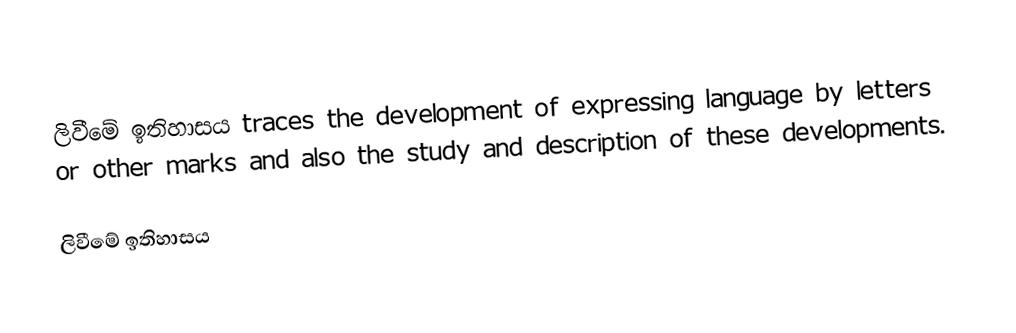
ලිවීමේ ඉතිහාසය traces the development of expressing language by letters or other marks and also the study and description of these developments.

ලිවීමේ ඉතිහාසය